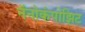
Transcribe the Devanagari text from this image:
नॅनोकंपोझिट